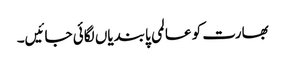
بھارت کو عالمی پابندیاں لگائی جائیں۔